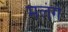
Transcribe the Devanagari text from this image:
मलंगे